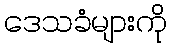
ဒေသခံများကို